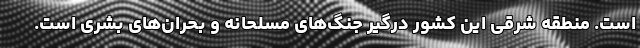
است. منطقه شرقی این کشور درگیر جنگ‌های مسلحانه و بحران‌های بشری است.